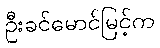
ဦးခင်မောင်မြင့်က